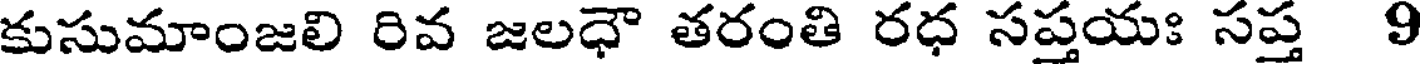
కుసుమాంజలి రివ జలధౌ తరంతి రధ సప్తయః సప్త 9